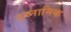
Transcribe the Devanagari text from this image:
डय्नामिक